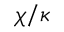
\chi / \kappa